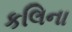
કલિના